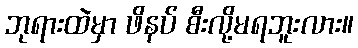
ဘုရားထဲမှာ ဖိနပ် စီးလို့မရဘူးလား။